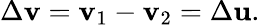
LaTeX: \Delta\mathbf{v}=\mathbf{v}_{1}-\mathbf{v}_{2}=\Delta\mathbf{u}.